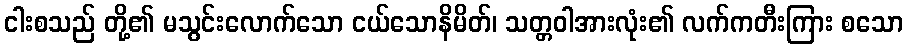
ငါးစသည် တို့၏ မသွင်းလောက်သော ငယ်သောနိမိတ်၊ သတ္တဝါအားလုံး၏ လက်ကတီးကြား စသော